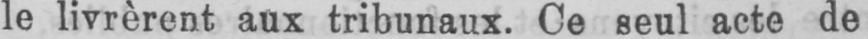
le livrèrent aux tribunaux. Ce seul acte de